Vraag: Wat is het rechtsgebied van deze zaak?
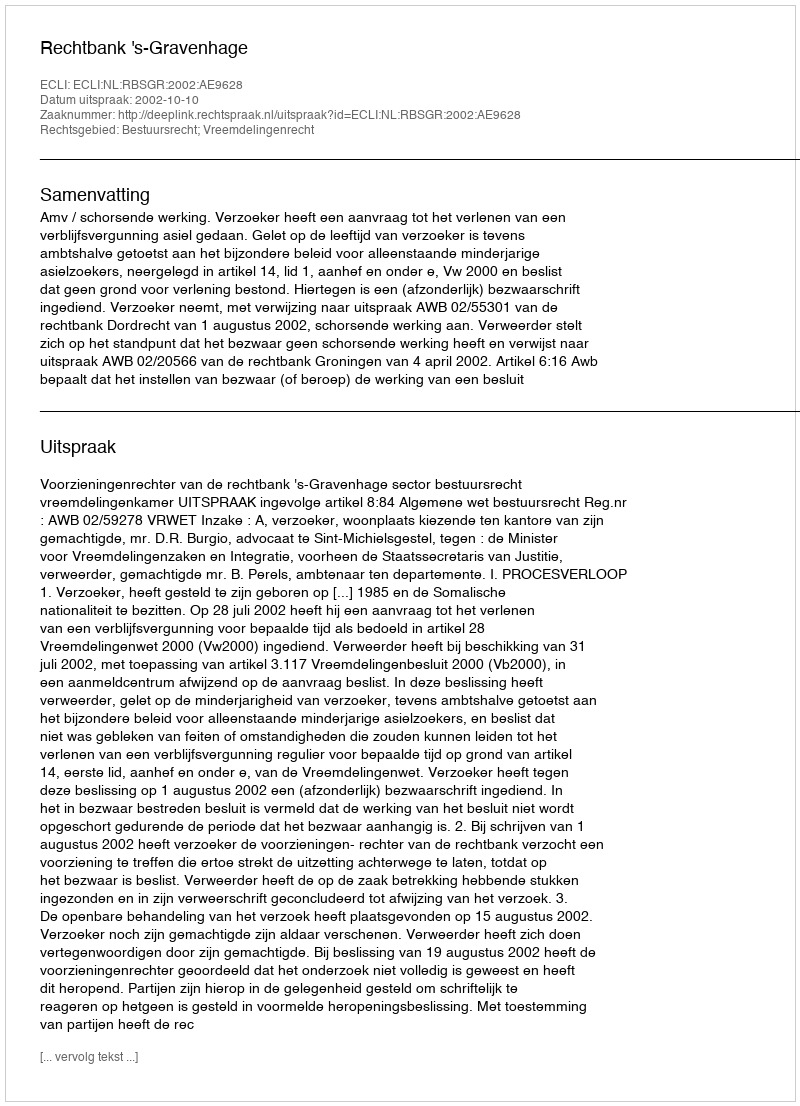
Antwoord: Bestuursrecht; Vreemdelingenrecht